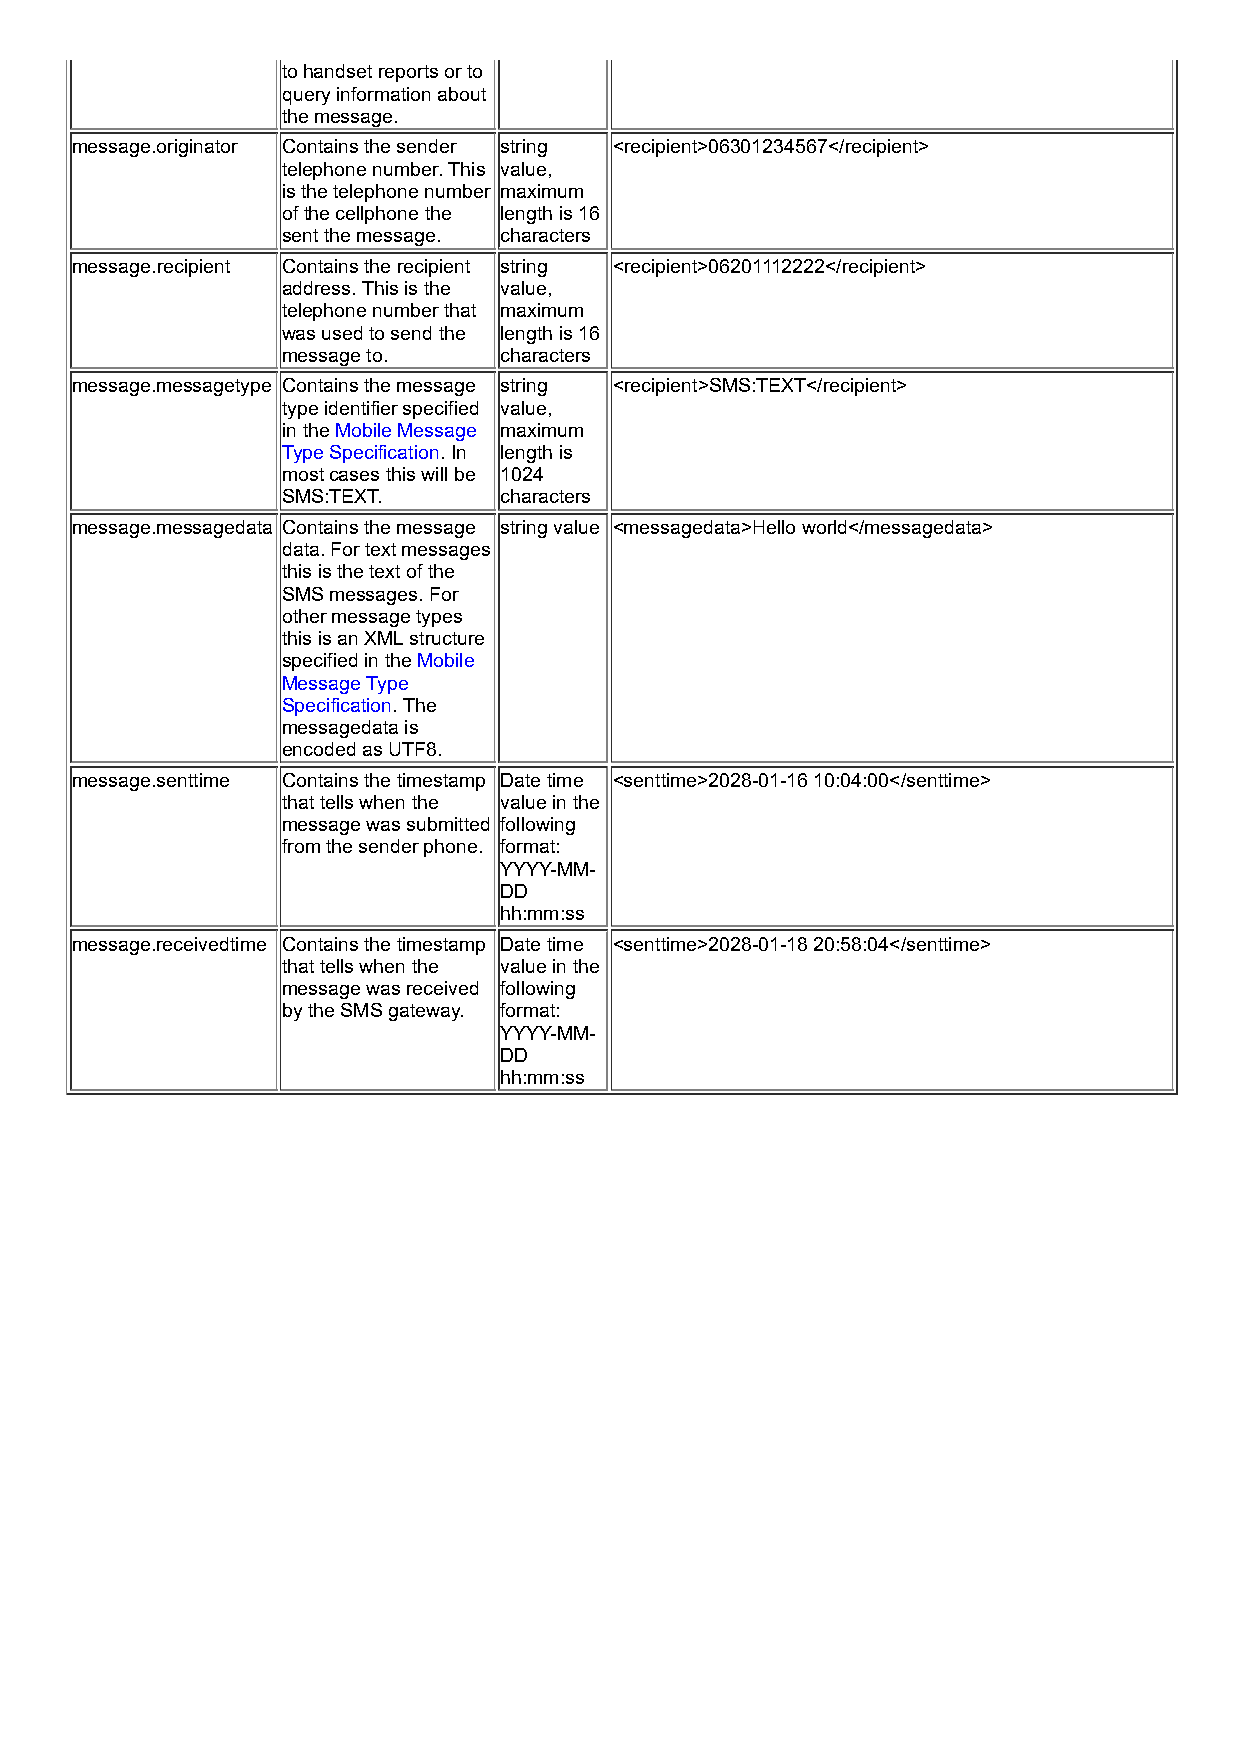
to handset reports or to
 query information about
 the message.
 message.originator Contains the sender string <recipient>06301234567</recipient>
 telephone number. This value,
 is the telephone number maximum
 of the cellphone the length is 16
 sent the message. characters
 message.recipient Contains the recipient string <recipient>06201112222</recipient>
 address. This is the value,
 telephone number that maximum
 was used to send the length is 16
 message to.   characters
 message.messagetype Contains the message string <recipient>SMS:TEXT</recipient>
 type identifier specified value,
 in the Mobile Message maximum
 Type Specification. In length is
 most cases this will be 1024
 SMS:TEXT.     characters
 message.messagedata Contains the message string value <messagedata>Hello world</messagedata>
 data. For text messages
 this is the text of the
 SMS messages. For
 other message types
 this is an XML structure
 specified in the Mobile
 Message Type
 Specification. The
 messagedata is
 encoded as UTF8.
 message.senttime Contains the timestamp Date time <senttime>2028-01-16 10:04:00</senttime>
 that tells when the value in the
 message was submitted following
 from the sender phone. format:
 YYYY-MM-
 DD
 hh:mm:ss
 message.receivedtime Contains the timestamp Date time <senttime>2028-01-18 20:58:04</senttime>
 that tells when the value in the
 message was received following
 by the SMS gateway. format:
 YYYY-MM-
 DD
 hh:mm:ss